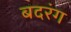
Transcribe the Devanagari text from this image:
बदरंग